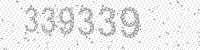
Solution: 339339